65_HS1-834228961_62-HQ-83894_Section_4
Agency: FBI
Page 64
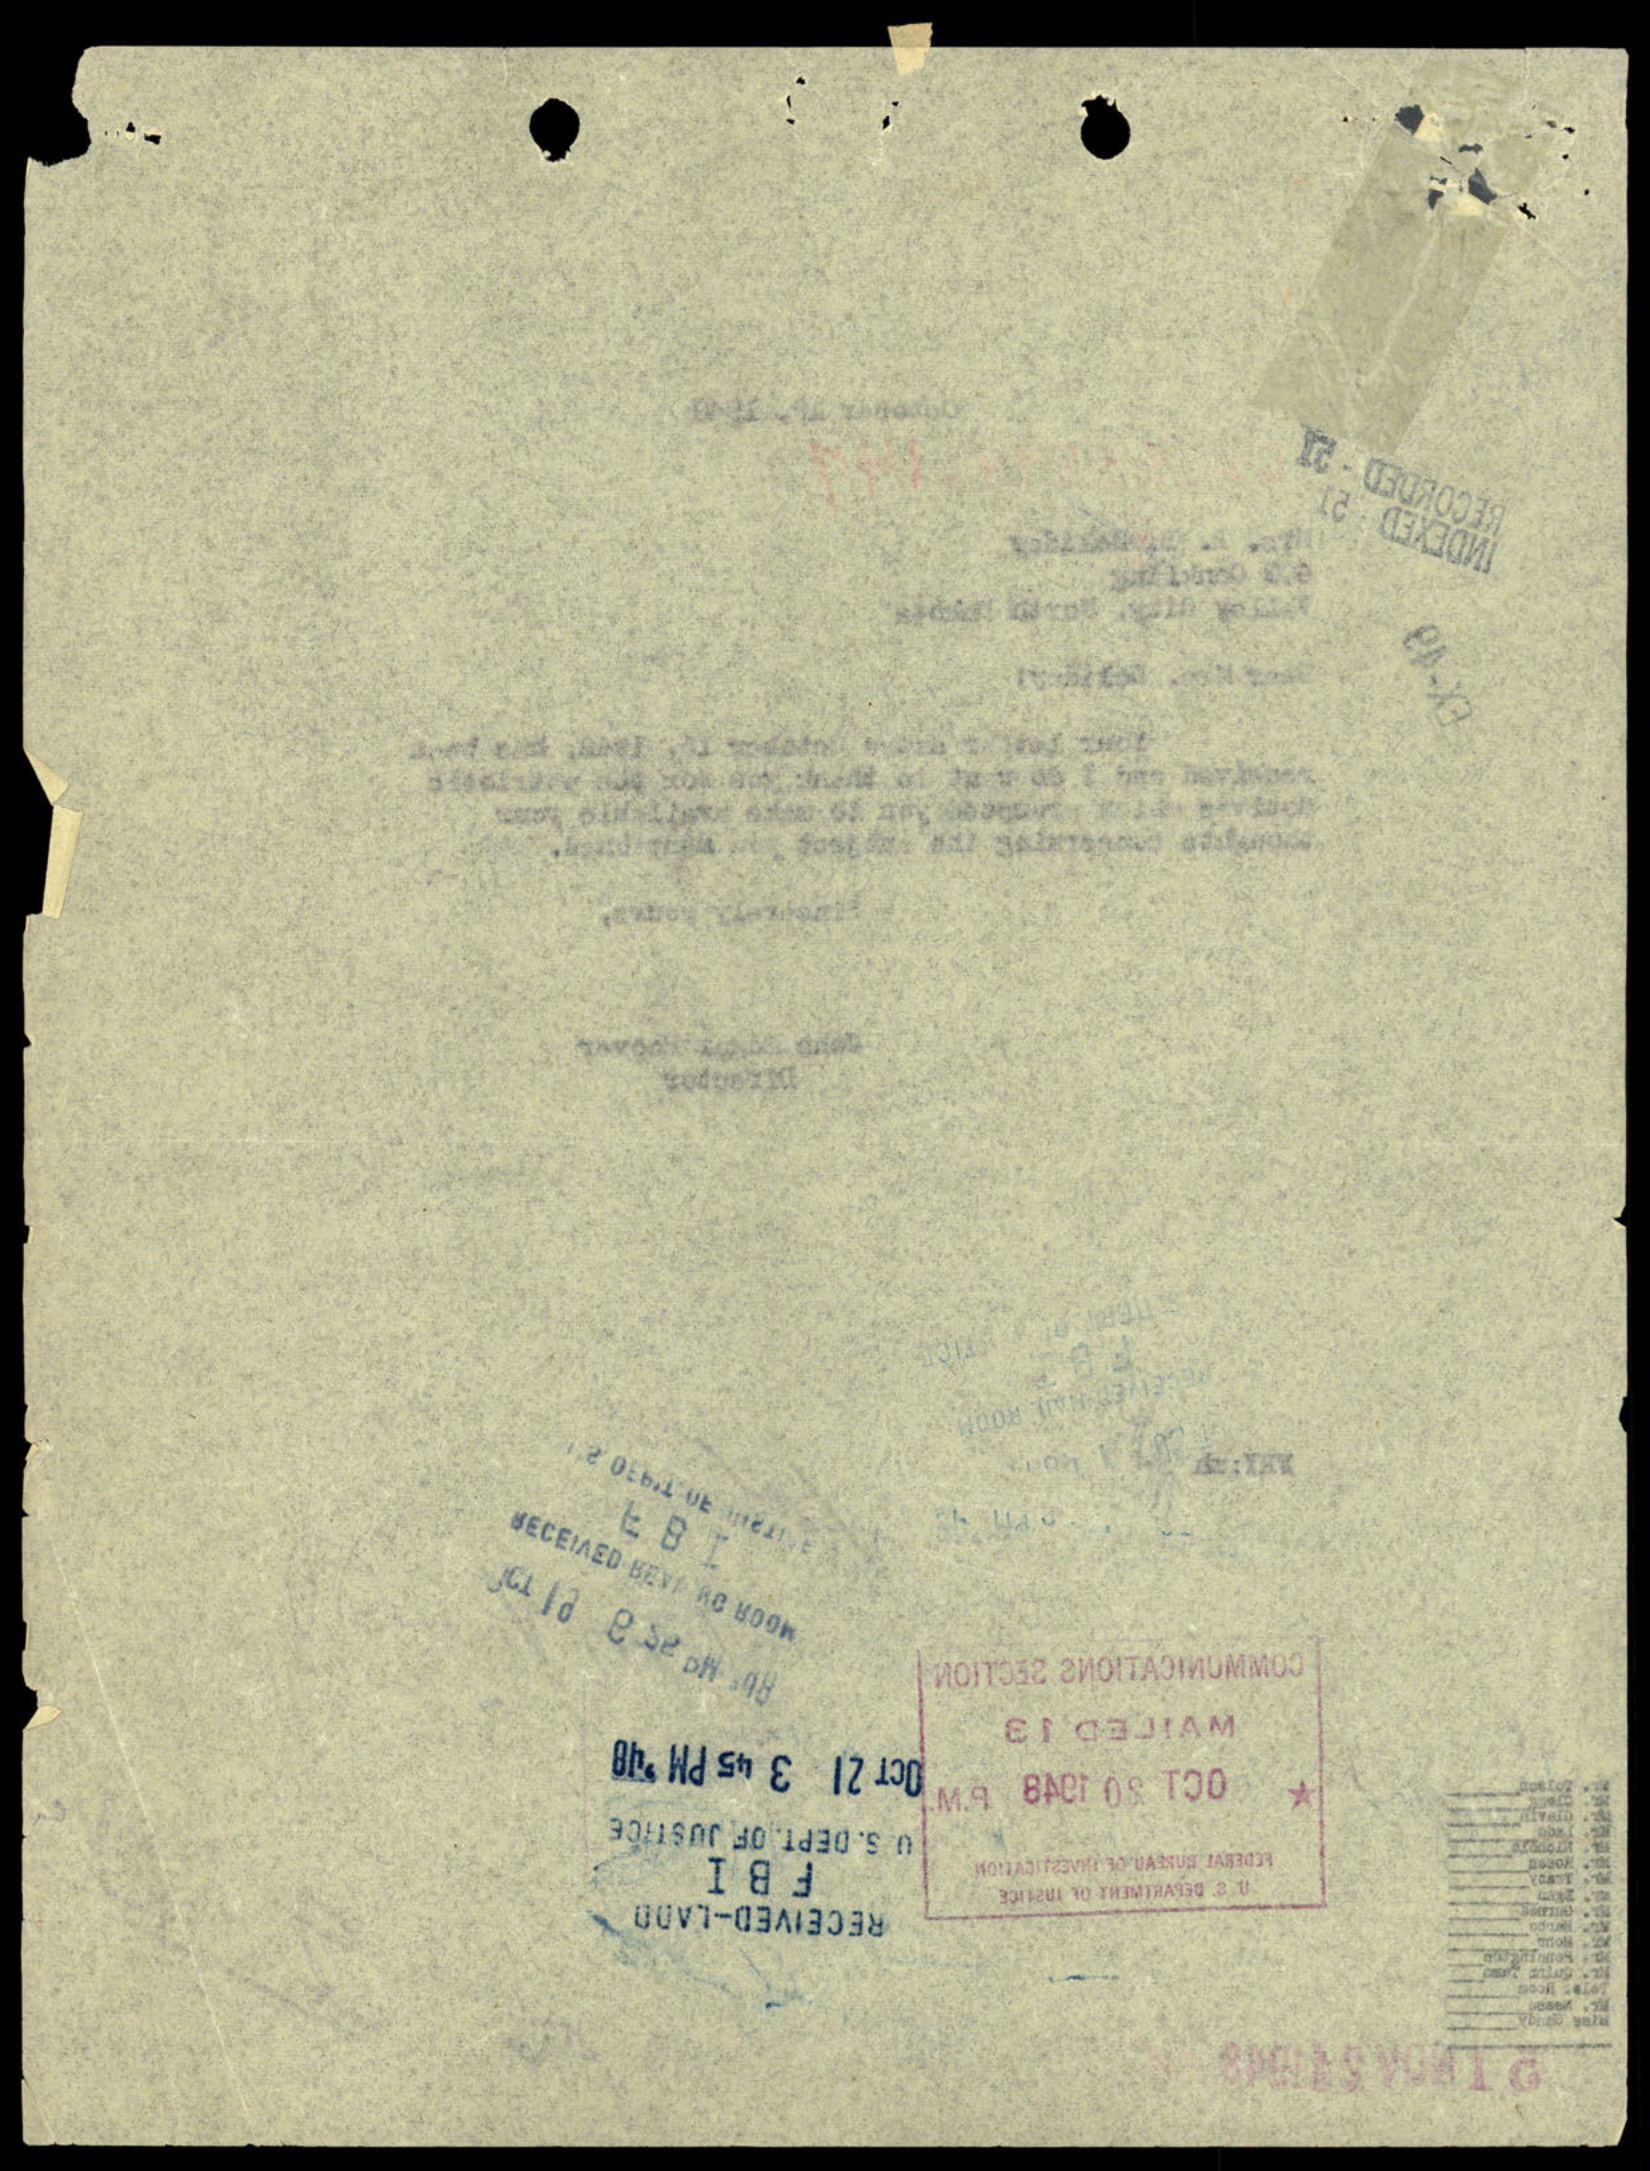